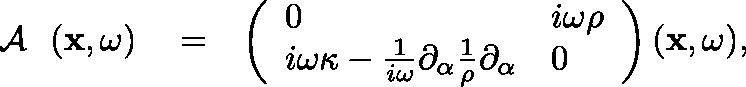
\begin{array} { r l r } { { { \mathrm { ~ \boldmath ~ { ~ \cal ~ A ~ } ~ } } } ( { \bf x } , \omega ) } & { { } = } & { \left( \begin{array} { l l } { 0 } & { i \omega \rho } \\ { i \omega \kappa - \frac { 1 } { i \omega } \partial _ { \alpha } \frac { 1 } { \rho } \partial _ { \alpha } } & { 0 } \end{array} \right) ( { \bf x } , \omega ) , } \end{array}